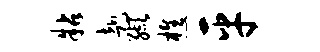
粘赴缬樵平